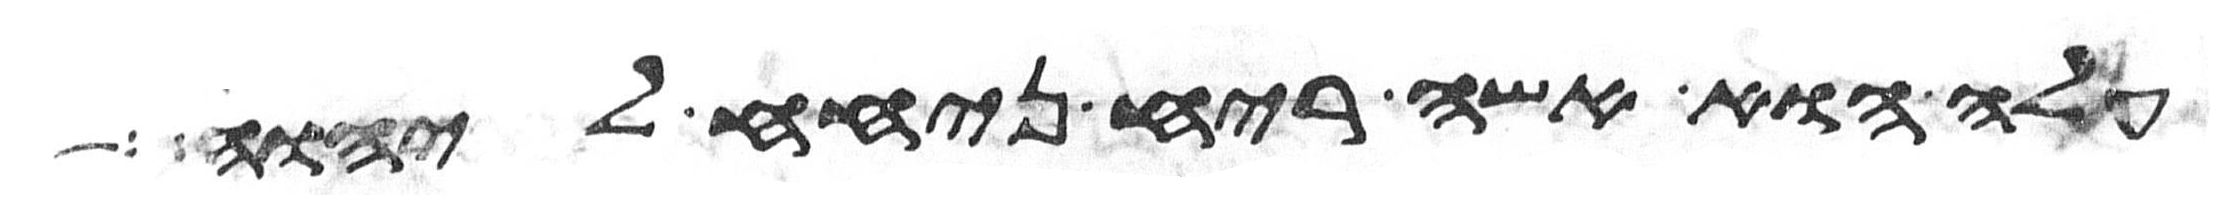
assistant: עלה הוא אשה ריח ניחח ליהוה